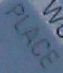
PLACE